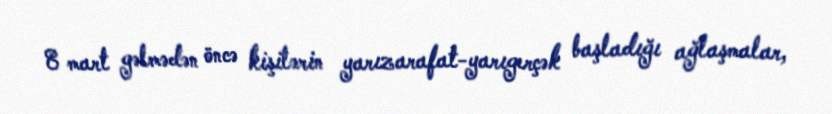
8 mart gəlmədən öncə kişilərin yarızarafat-yarıgerçək başladığı ağlaşmalar,